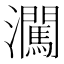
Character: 㶒